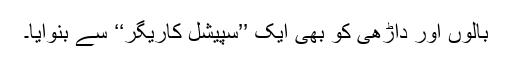
بالوں اور داڑھی کو بھی ایک ’’سپیشل کاریگر‘‘ سے بنوایا۔